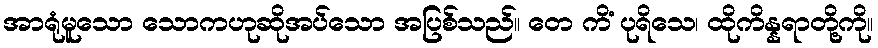
အာရုံမူသော သောကဟုဆိုအပ်သော အပြစ်သည်။ တေ ကိံ ပုရိသေ၊ ထိုကိန္နရာတို့ကို။